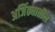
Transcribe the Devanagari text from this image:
अजिंठ्यातील